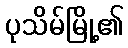
ပုသိမ်မြို့၏